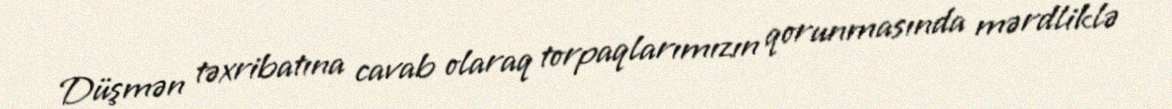
Düşmən təxribatına cavab olaraq torpaqlarımızın qorunmasında mərdliklə